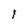
Character: y